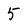
Character: 5